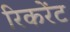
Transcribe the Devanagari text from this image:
रिकरेंट